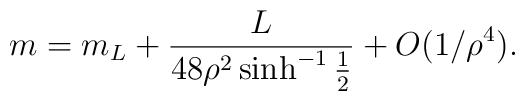
m=m_{L}+{L \over 48\rho ^{2}\sinh^{-1}{1 \over 2}}+O(1/\rho ^{4}).